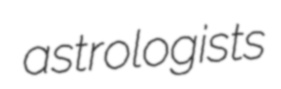
astrologists